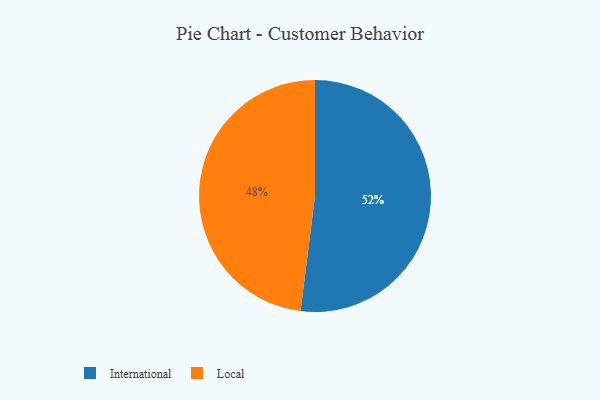
{"axis": {"x": "Category", "y": "Percentage"}, "legend": ["International", "Local"], "data": [{"x": "Local", "y": 48, "type": "Local"}, {"x": "International", "y": 52, "type": "International"}]}